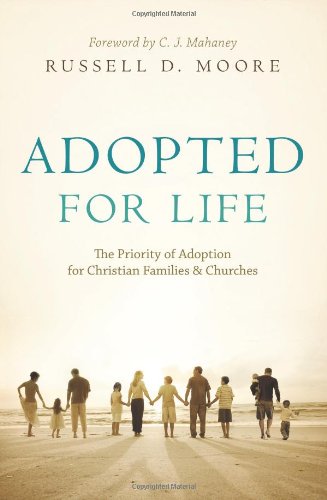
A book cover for Adopted for Life: The Priority of Adoption for Christian Families & Churches; Russell D. Moore; Parenting & Relationships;